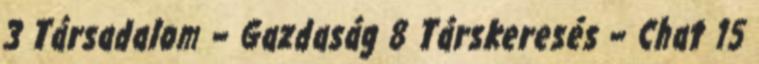
3 Társadalom – Gazdaság 8 Társkeresés – Chat 15